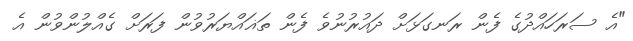
"އެ ސަރަހައްދުގެ ފެން ރަނގަޅަށް ދައުރުނުވެ ފެން ތަޣައްޔަރުވުން ފަރަށް ގެއްލުންވުން އެ